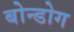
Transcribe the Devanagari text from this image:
बोन्डोग